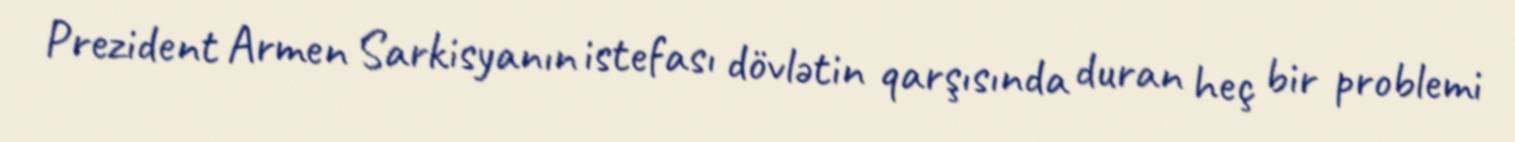
Prezident Armen Sarkisyanın istefası dövlətin qarşısında duran heç bir problemi